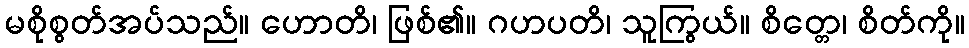
မစိုစွတ်အပ်သည်။ ဟောတိ၊ ဖြစ်၏။ ဂဟပတိ၊ သူကြွယ်။ စိတ္တေ၊ စိတ်ကို။